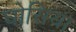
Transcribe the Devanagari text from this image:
घोसिया